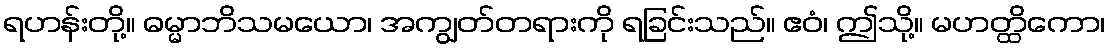
ရဟန်းတို့။ ဓမ္မာဘိသမယော၊ အကျွတ်တရားကို ရခြင်းသည်။ ဧဝံ၊ ဤသို့။ မဟတ္ထိကော၊